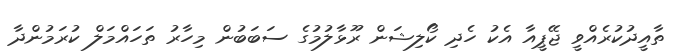
ތާއީދުކުރެއްވީ ޖޭޕީއާ އެކު ހެދި ކޯލިޝަން ރޫޅާލުމުގެ ސަބަބުން މިހާރު ތަހައްމަލް ކުރަމުންދާ